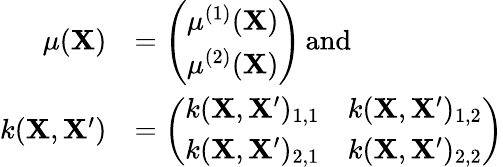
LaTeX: \begin{array}{rl}{\mu(\mathbf{X})}&{=\left(\begin{array}{l}{\mu^{(1)}(\mathbf{X})}\\ {\mu^{(2)}(\mathbf{X})}\end{array}\right)\, \mathrm{and}\, }\\ {k(\mathbf{X},\mathbf{X^{\prime}})}&{=\left(\begin{array}{ll}{k(\mathbf{X},\mathbf{X^{\prime}})_{1,1}}&{k(\mathbf{X},\mathbf{X^{\prime}})_{1,2}}\\ {k(\mathbf{X},\mathbf{X^{\prime}})_{2,1}}&{k(\mathbf{X},\mathbf{X^{\prime}})_{2,2}}\end{array}\right)}\end{array}